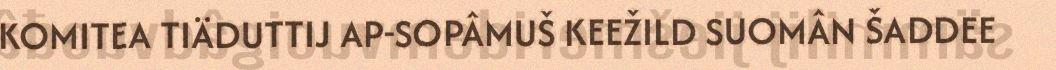
KOMITEA TIÄDUTTIJ AP-SOPÂMUŠ KEEŽILD SUOMÂN ŠADDEE